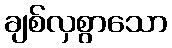
ချစ်လှစွာသော